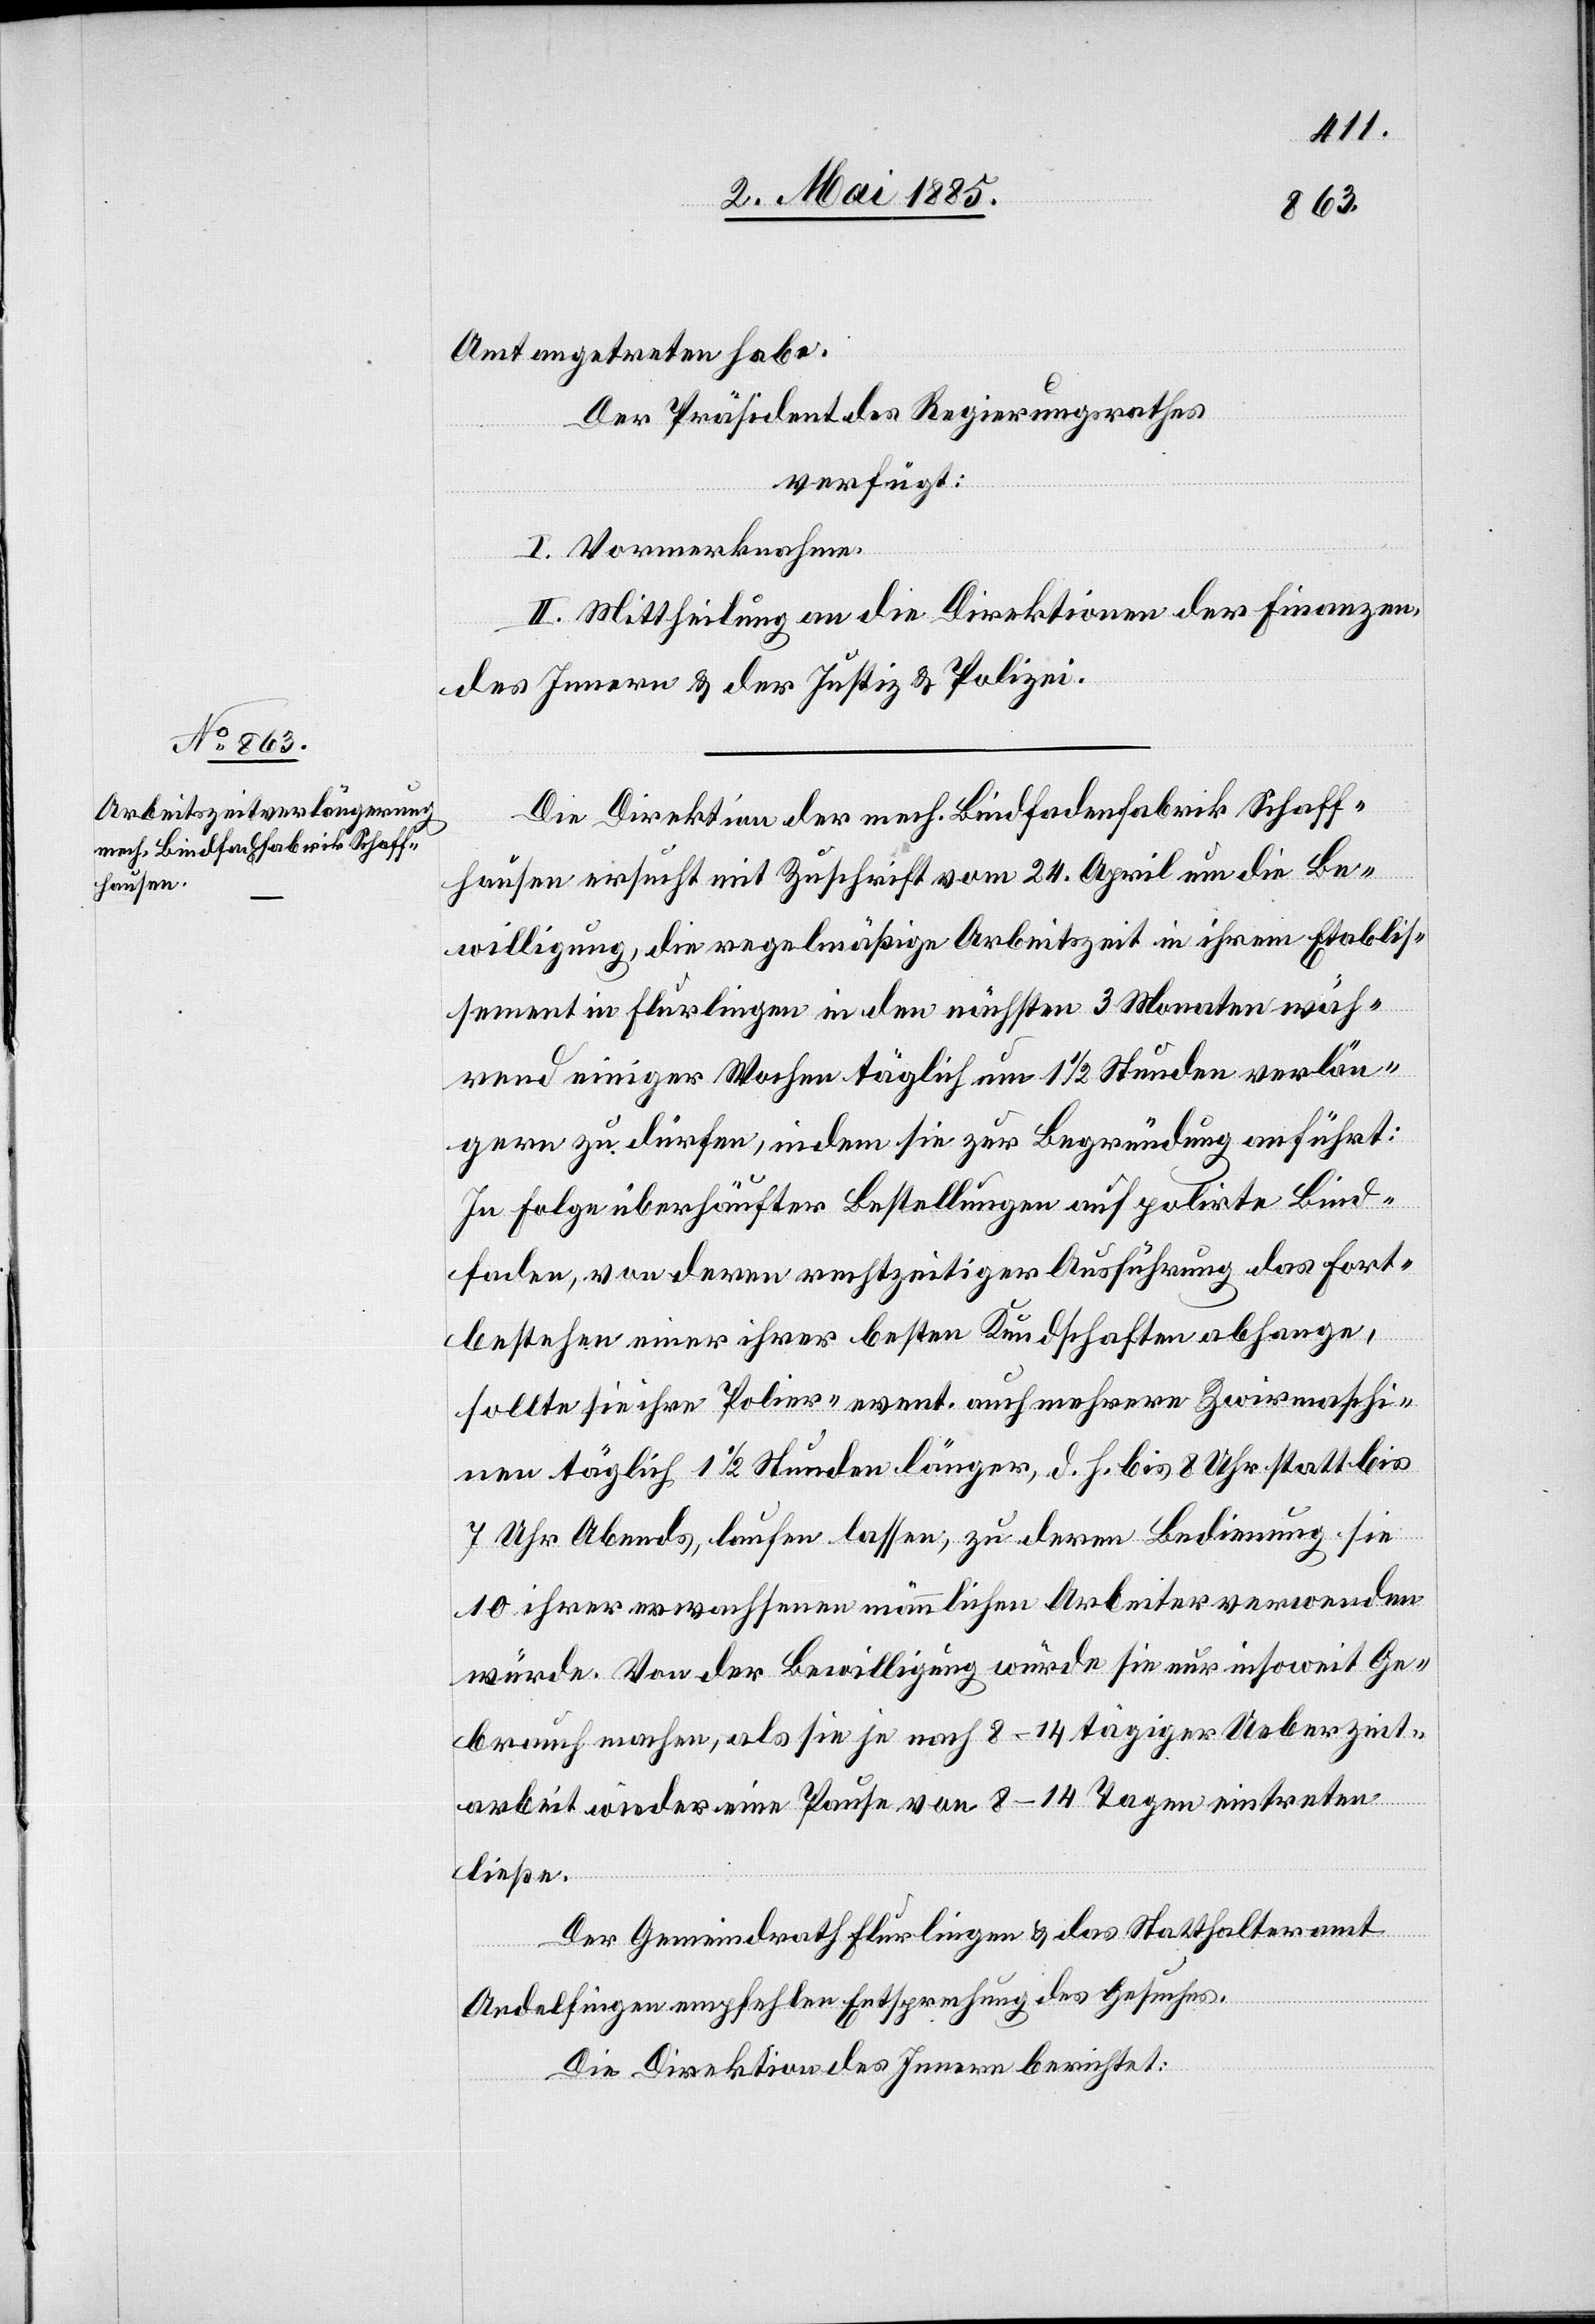
Amt angetreten habe.
Der Präsident des Regierungsrathes
verfügt:
I. Vormerknahme.
II. Mittheilung an die Direktionen der Finanzen,
des Innern & der Justiz & Polizei.
Die Direktion der mech. Bindfadenfabrik Schaff¬
hausen ersucht mit Zuschrift vom 24. April um die Be¬
willigung, die regelmäßige Arbeitszeit in ihrem Etablis¬
sement in Flurlingen in den nächsten 3 Monaten wäh¬
rend einiger Wochen täglich um 1 1/2 Stunden verlän¬
gern zu dürfen, indem sie zur Begründung anführt:
In folge überhäufter Bestellungen auf polirte Bind¬
faden, von deren rechtzeitiger Ausführung das Fort¬
bestehen einer ihrer besten Kundschaften abhange,
sollte sie ihrer Polier- event. auch mehrere Zwir[n]maschi¬
nen täglich 1 1/2 Stunden länger, d. h. bis 8 Uhr statt bis
7 Uhr Abends, laufen lassen, zu deren Bedingung sie
10 ihrer erwachsenen männlichen Arbeiter verwenden
würden. Von der Bewilligung würde sie nur insoweit Ge¬
brauch machen, als sie je nach 8–14tägiger Ueberzeit¬
arbeit wieder eine Pause von 8–14 Tagen eintreten
ließe.
Der Gemeindrath Flurlingen & das Statthalteramt
Andelfingen empfehlen Entsprechung des Gesuches.
Die Direktion des Innern berichtet: